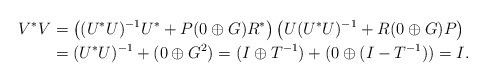
LaTeX: \begin{align*}V^*V &= \left((U^*U)^{-1}U^*+P(0\oplus G)R^*\right)\left(U(U^*U)^{-1}+R(0\oplus G)P\right) \\&= (U^*U)^{-1}+(0\oplus G^2)=(I\oplus T^{-1})+(0\oplus (I-T^{-1})) = I.\end{align*}